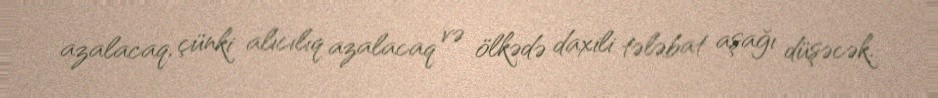
azalacaq, çünki alıcılıq azalacaq və ölkədə daxili tələbat aşağı düşəcək.